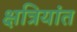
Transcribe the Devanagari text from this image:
क्षत्रियांत